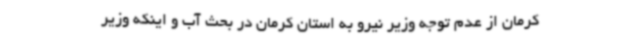
کرمان از عدم توجه وزیر نیرو به استان کرمان در بحث آب و ‌اینکه وزیر